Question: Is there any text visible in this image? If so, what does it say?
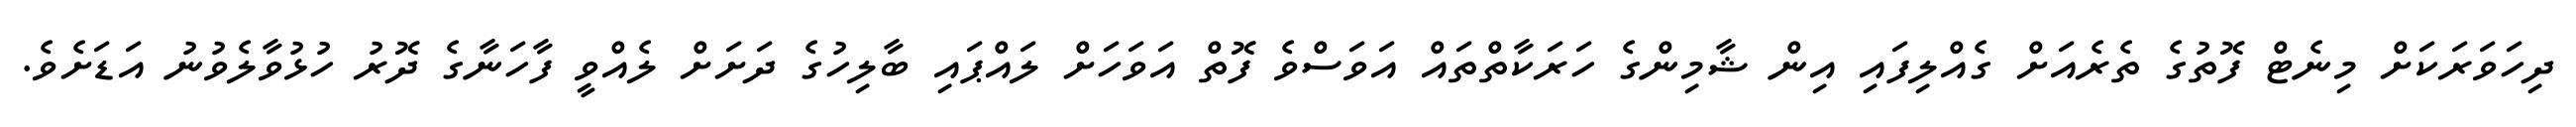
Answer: ދިހަވަރަކަށް މިނެޓް ފޮތުގެ ތެރެއަށް ގެއްލިފައި އިން ޝާމިންގެ ހަރަކާތްތައް އަވަސްވެ ފޮތް އަވަހަށް ލައްޕައި ބާލިހުގެ ދަށަށް ލެއްވީ ފާހަނާގެ ދޮރު ހުޅުވާލެވުނު އަޑަށެވެ.